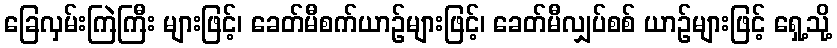
ခြေလှမ်းကြဲကြီး များဖြင့်၊ ခေတ်မီစက်ယာဉ်များဖြင့်၊ ခေတ်မီလျှပ်စစ် ယာဉ်များဖြင့် ရှေ့သို့